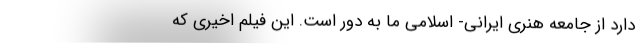
دارد از جامعه هنری ایرانی- اسلامی ما به دور است. این فیلم اخیری که